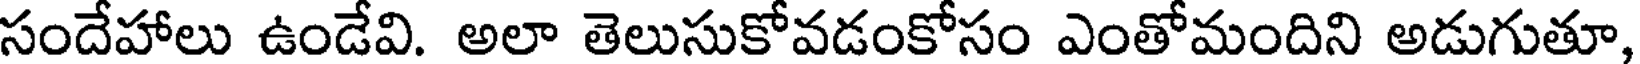
సందేహాలు ఉండేవి. అలా తెలుసుకోవడంకోసం ఎంతోమందిని అడుగుతూ,